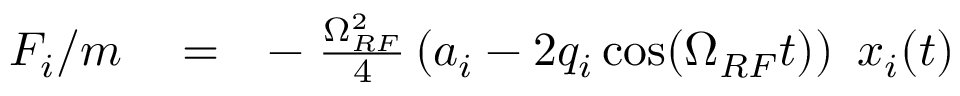
\begin{array} { r l r } { F _ { i } / m } & { { } = } & { - \; \frac { \Omega _ { R F } ^ { 2 } } { 4 } \left( a _ { i } - 2 q _ { i } \cos ( \Omega _ { R F } t ) \right) \ x _ { i } ( t ) } \end{array}